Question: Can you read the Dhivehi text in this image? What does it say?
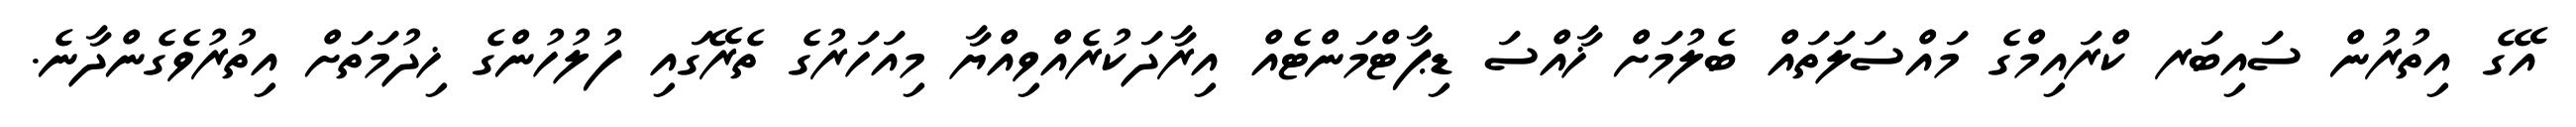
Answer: އޭގެ އިތުރުން ސައިބަރ ކްރައިމްގެ މައްސަލަތައް ބެލުމަށް ޚާއްސަ ޑިޕާޓްމަންޓެއް އިރާދަކުރެއްވިއްޔާ މިއަހަރުގެ ތެރޭގައި ފުލުހުންގެ ޚިދުމަތަށް އިތުރުވެގެންދާނެ.